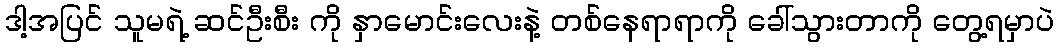
ဒါ့အပြင် သူမရဲ့ ဆင်ဦးစီး ကို နှာမောင်းလေးနဲ့ တစ်နေရာရာကို ခေါ်သွားတာကို တွေ့ရမှာပဲ